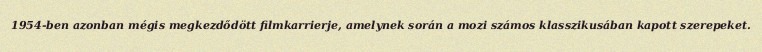
1954-ben azonban mégis megkezdődött filmkarrierje, amelynek során a mozi számos klasszikusában kapott szerepeket.